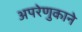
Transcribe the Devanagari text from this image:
अपरेणुकाने